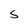
Character: S